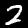
Digit: 2